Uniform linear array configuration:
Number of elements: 16
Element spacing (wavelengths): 1
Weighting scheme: hann
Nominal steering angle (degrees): -60
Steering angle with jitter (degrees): -61.585
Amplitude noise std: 0.05
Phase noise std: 0.05

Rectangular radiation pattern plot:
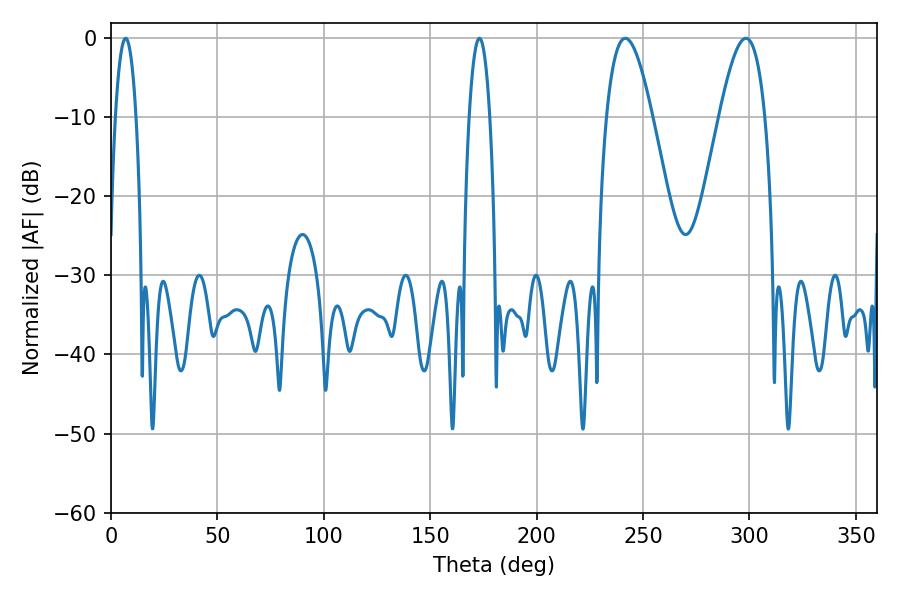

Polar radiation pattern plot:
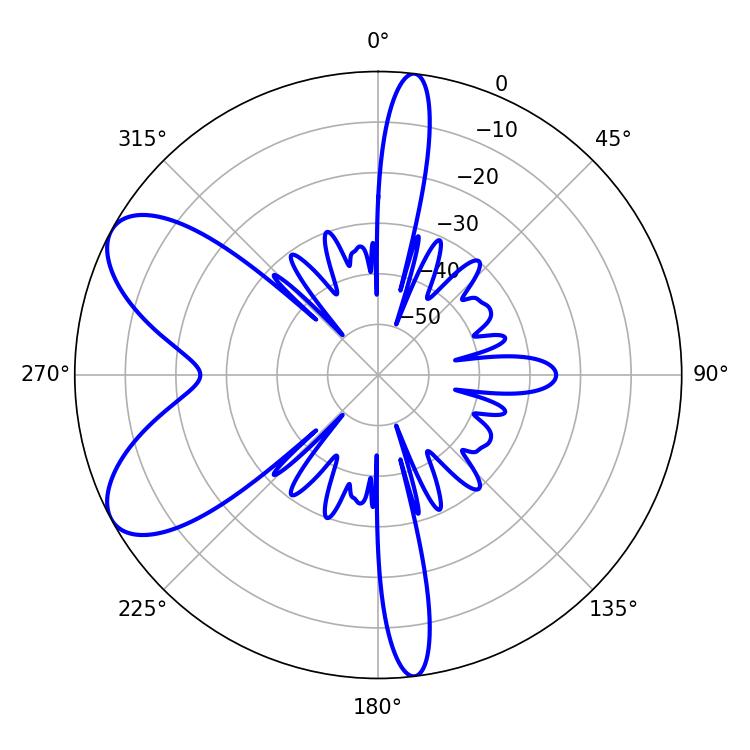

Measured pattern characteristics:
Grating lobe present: TRUE
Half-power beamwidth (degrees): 11.7
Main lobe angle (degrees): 241.74